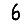
Digit: 6